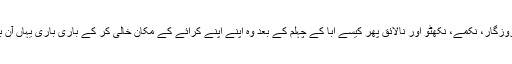
بے روزگار، نکمے، نکھٹو اور نالائق پھر کیسے ابا کے چہلم کے بعد وہ اپنے اپنے کرائے کے مکان خالی کر کے باری باری یہاں آن بسے۔